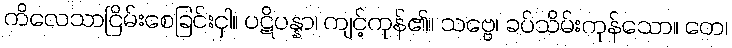
ကိလေသာငြိမ်းစေခြင်းငှါ။ ပဋိပန္နာ၊ ကျင့်ကုန်၏။ သဗ္ဗေ၊ ခပ်သိမ်းကုန်သော။ တေ၊